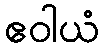
ဧဝါယံ